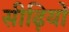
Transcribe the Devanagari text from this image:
सीढ़ियों